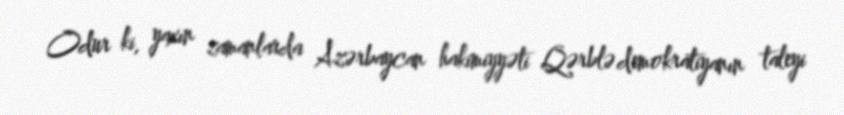
Odur ki, yaxın zamanlarda Azərbaycan hakimiyyəti Qərblə demokratiyanın taleyi